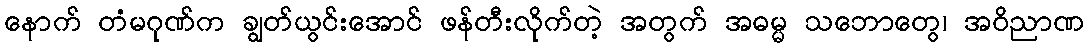
နောက် တံမဂုဏ်က ချွတ်ယွင်းအောင် ဖန်တီးလိုက်တဲ့ အတွက် အဓမ္မ သဘောတွေ၊ အဝိညာဏ